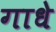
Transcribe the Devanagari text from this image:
गाधे